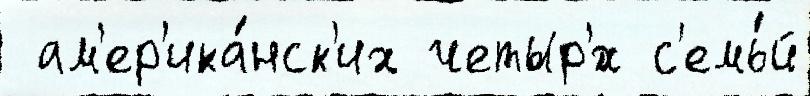
 ам'ер'ика́нск'их четыр'́х с'емь́й